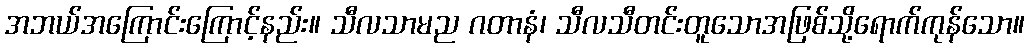
အဘယ်အကြောင်းကြောင့်နည်း။ သီလသာမည ဂတာနံ၊ သီလသီတင်းတူသောအဖြစ်သို့ရောက်ကုန်သော။